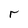
Character: r